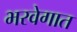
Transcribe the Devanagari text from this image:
भरवेगात